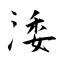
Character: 涹